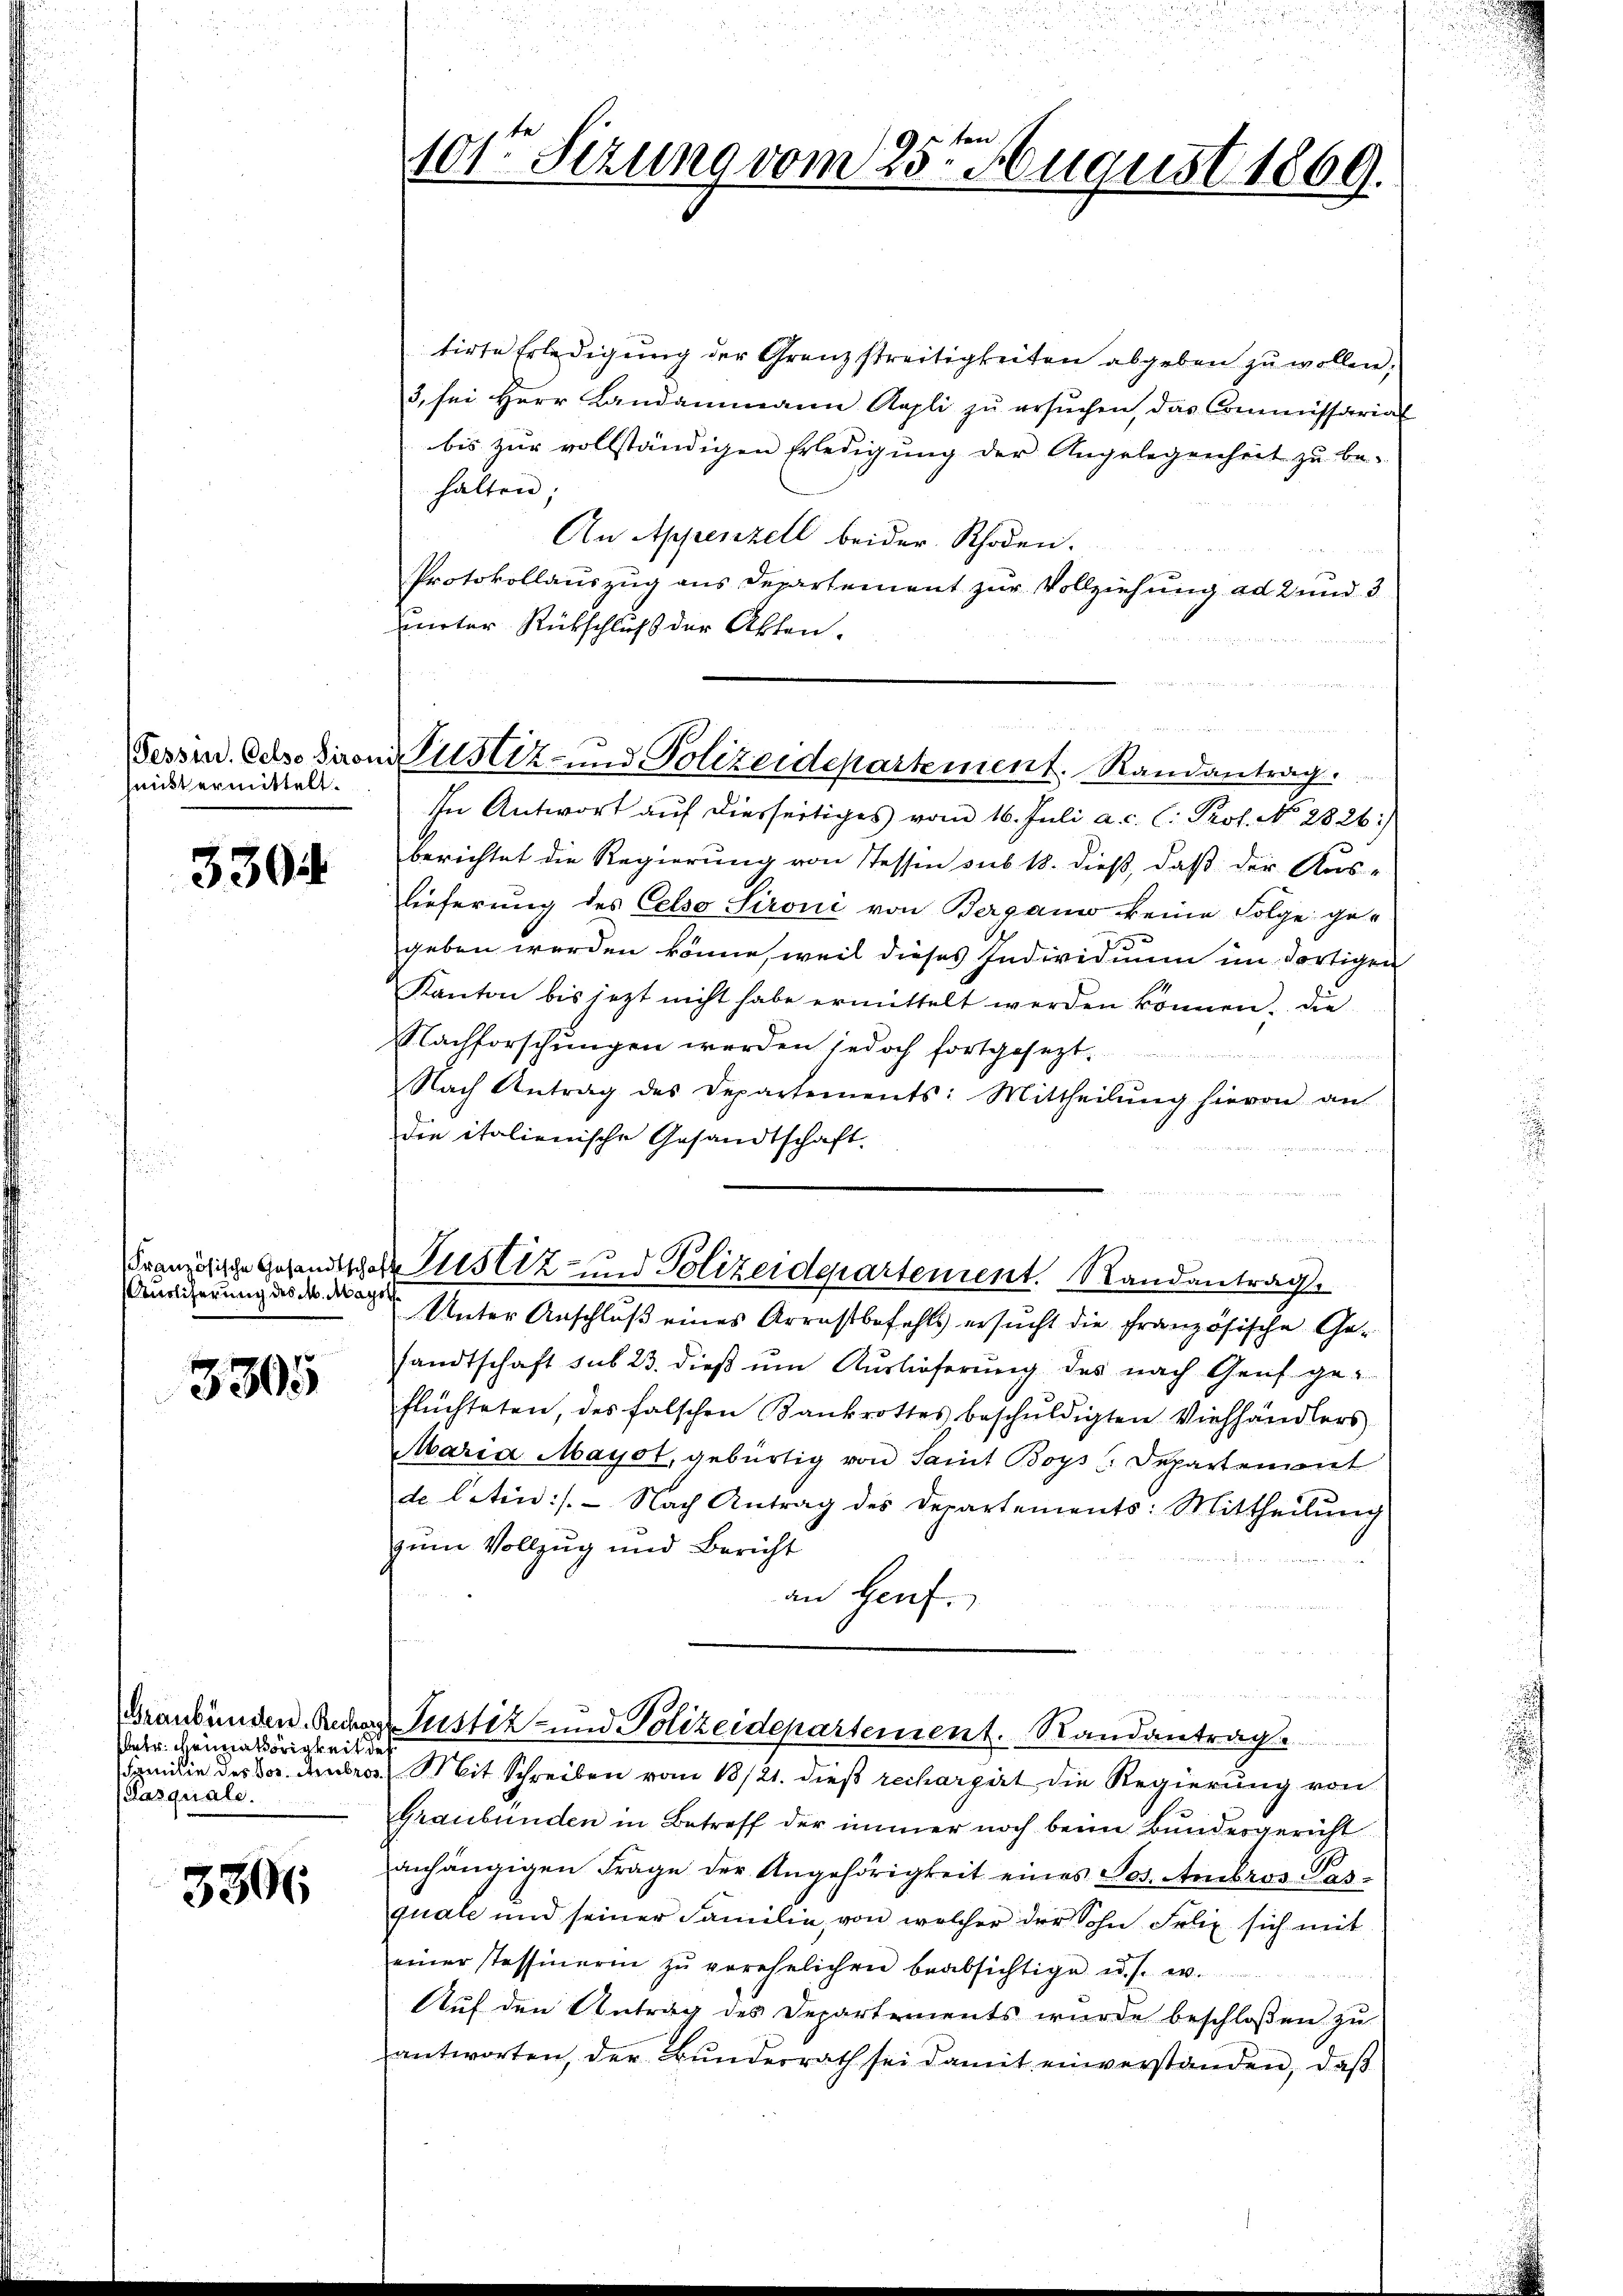
nickt ermittelt.

3304

Auslicherung des M. Magot

3305

Petr. driniathörigkeit de
(Pasquale.

3306

e
101ten Sizung vom 25. August 1869.

un
Sessus. Oesodirons Zustiz- und Polizeidepartement. Randantrag.

tirte Erledigung der Granzstreitigkeiten abgeben zu wollen,
3. sei Herr Landammann Kapli zŭ ersŭchen, das Commissarial
bis zur vollständigen Erledigung der Angelegenheit zu be-
halten;
An Appenzell beider Rhoden.
Protokollauszug aus Departement zur Vollziehung ad 2 und 3
ueter Rückschluß der Akten.
In Antwort auf diesseitiges vom 16. Juli a. c. l. Prof. No. 2826:
berichtet die Regierung von Tessin sub 18. dieß, daß der Aus-
lieferung des Celso Sironi von Bergann keine Folge gegeben werden könne, weil dieses Individium im Fortigen
Kanton bis jezt nicht habe ermittelt werden können. Die
Nachforschungen werden jedoch fortgesezt.
Nach Antrag des Departements: Mittheilŭng hievon an
die italienische Gesandtschaft.
Französische Gesandtsche Justiz und Polizeidepartement. Randantrag
Unter Anschluß eines Arrestbefehls ersucht die französische Gesandtschaft sub 23. dieβ ŭm Aŭslieferung des nach Genf geflüchteten, des falschen Bankrottes beschŭldigten Viehhändlers
Maria Mayot, gebürtig von Samt Boys Departemont
de letin:/. - Nach Antrag des Departements: Mittheilung
zum Vollzug und Bericht
an Genf.

Familie des vor. Ambros  Mit Schreiben vom 18/21. dieß rechargirt die Regierung von
Graubünden in Betreff der immer noch beim Bundesgericht
anhängigen Frage der Angehörigkeit eines Jos. Ambros Perquale und seiner Familie, von welcher der Sohn Felix sich mit
einer Tessinerin zŭ verehelichen beabsichtige u. s. w.
Auf den Antrag des Departements wurde beschloßen zu
antworten, der Bŭnderrath sei damit einverstanden, daβ

Graubünden Redas Justiz und Polizeidepartement. Randantrag